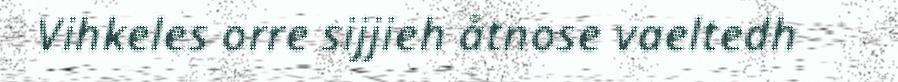
Vihkeles orre sijjieh åtnose vaeltedh